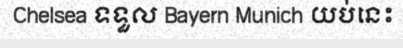
Chelsea ទទួល Bayern Munich យប់នេះ